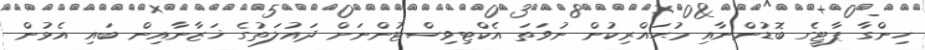
ހިންގާ ޕާޓީގެ ބޮޑުންނާއި މުޙައްރިކުން ނުވަތަ އެކްޓިވިސްޓުންނަށް ދައުލަތުގެ ޚަޒާނާއިން ބައި އެޅުން